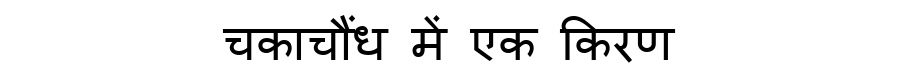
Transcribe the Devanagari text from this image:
चकाचौंध में एक किरण